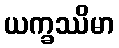
ယက္ခဿိမာ